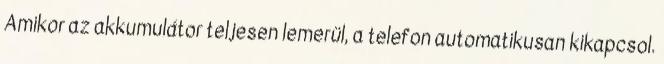
Amikor az akkumulátor teljesen lemerül, a telefon automatikusan kikapcsol.